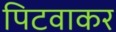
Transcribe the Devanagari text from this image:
पिटवाकर